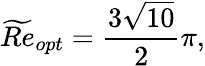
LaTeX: \widetilde{Re}_{opt}=\frac{3\sqrt{10}}{2}\pi,